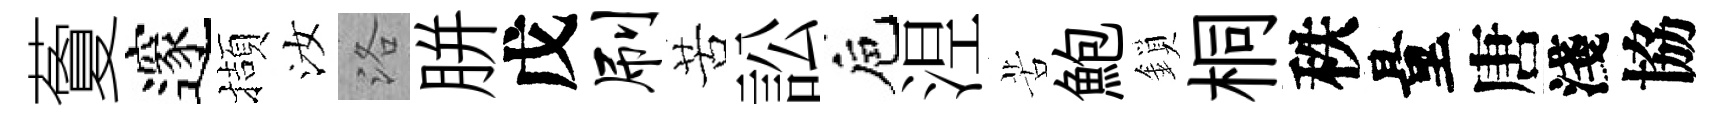
藑邃擷汝洛胼戊刷苦訟巵𣵀苦鮑鎖桐秩量唐淺協